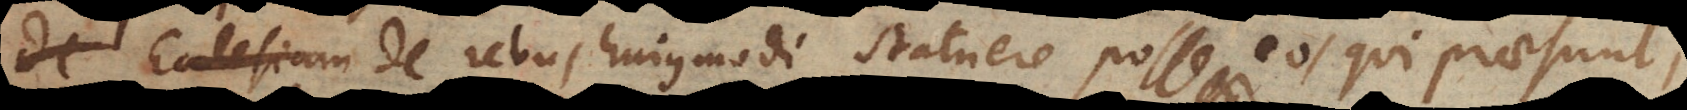
Ecclesiam de rebus hujusmodi statuere posse ei Rectores